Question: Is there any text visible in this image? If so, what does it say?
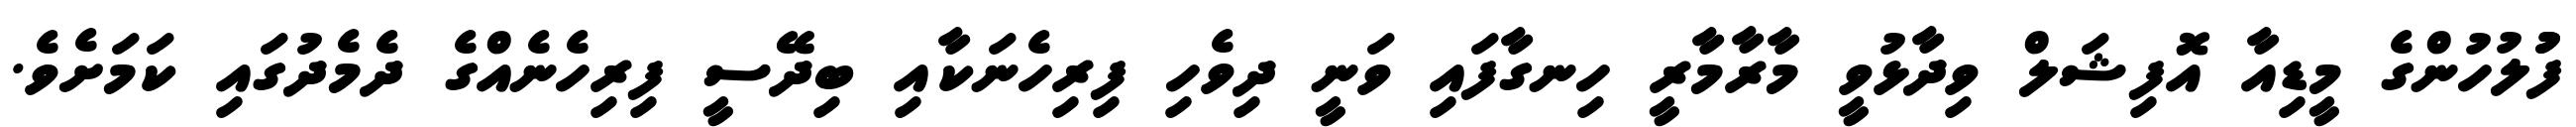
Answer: ފުުލުހުންގެ މީޑިއާ އޮފިޝަލް ވިދާޅުވީ މާރާމާރީ ހިނގާފައި ވަނީ ދިވެހި ފިރިހެނަކާއި ބިދޭސީ ފިރިހެނެއްގެ ދެމެދުގައި ކަމަށެވެ.